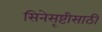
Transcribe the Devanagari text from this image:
सिनेसृष्टीसाठी